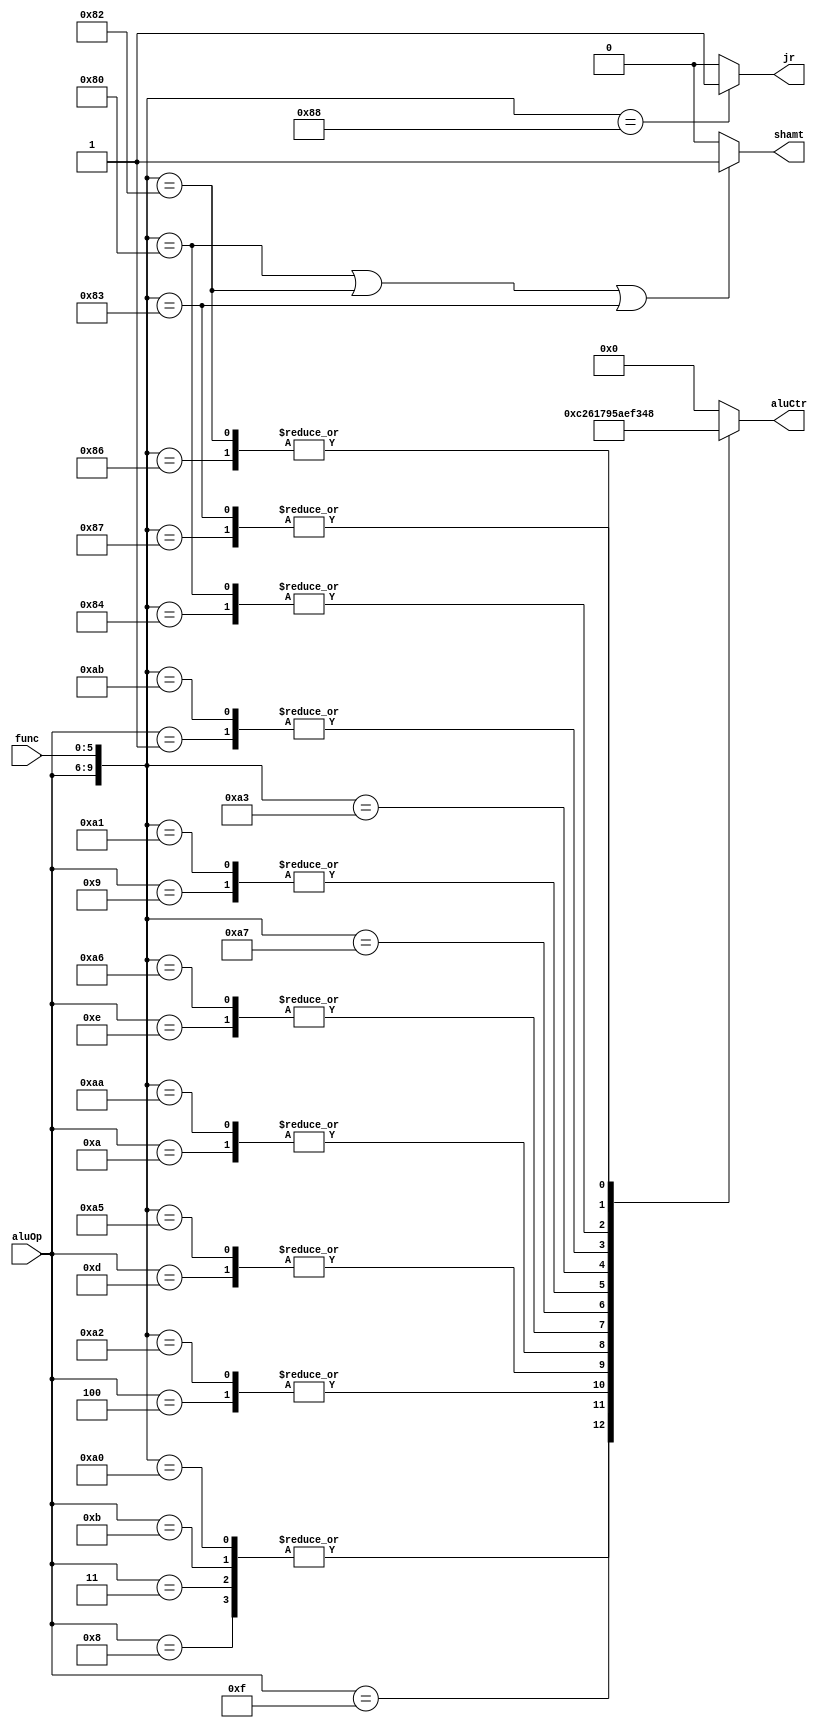
`timescale 1ns / 1ps
//////////////////////////////////////////////////////////////////////////////////
// Company: 
// Engineer: 
// 
// Design Name: 
// Module Name: ALUCtr
// Project Name: 
// Target Devices: 
// Tool Versions: 
// Description: 
// 
// Dependencies: 
// 
// Revision:
// Revision 0.01 - File Created
// Additional Comments:
// 
//////////////////////////////////////////////////////////////////////////////////


module ALUCtr(
    input [3 : 0] aluOp,
    input [5 : 0] func,
    output reg [3 : 0] aluCtr,
    output reg shamt,
    output reg jr
    );

    always @ (aluOp or func)
    begin
        casex ({aluOp, func})
            //------------------I-type-----------------------//
            10'b1000xxxxxx: 
                aluCtr = 4'b0010;// addi -> add
            10'b1100xxxxxx: 
                aluCtr = 4'b0000;// andi -> and
            10'b1101xxxxxx: 
                aluCtr = 4'b0001;// ori -> or
            10'b0011xxxxxx: 
                aluCtr = 4'b0010;// lw -> add
            10'b1011xxxxxx: 
                aluCtr = 4'b0010;// sw -> add
            10'b0100xxxxxx: 
                aluCtr = 4'b0110;// beq -> sub
            //------------------new---------------------//
            10'b1001xxxxxx: 
                aluCtr = 4'b1010;// addiu -> addu
            10'b1110xxxxxx: 
                aluCtr = 4'b1001;// xori -> xor
            10'b1010xxxxxx: 
                aluCtr = 4'b0111;// slti ->slt
            10'b0001xxxxxx: 
                aluCtr = 4'b1111;// sltiu ->sltu
            10'b1111xxxxxx:
                aluCtr = 4'b1100;// lui
            
            //------------------R-type-----------------------//
            10'b0010100000:
                aluCtr = 4'b0010;// add
            10'b0010100010:
                aluCtr = 4'b0110;// sub
            10'b0010100100:
                aluCtr = 4'b0000;// and
            10'b0010100101:
                aluCtr = 4'b0001;// or
            10'b0010101010:
                aluCtr = 4'b0111;// slt -> set on less than
            10'b0010000000:
                aluCtr = 4'b0011;// sll -> shift left
            10'b0010000010:
                aluCtr = 4'b0100;// srl -> logical shift right
            //-----------------R-new-inst---------------------//
            10'b0010100110:
                aluCtr = 4'b1001;//xor
            10'b0010100111:
                aluCtr = 4'b0101;//nor
            10'b0010100001:
                aluCtr = 4'b1010;//addu -> need overflow
            10'b0010100011:
                aluCtr = 4'b1110;//subu -> need overflow
            10'b0010101011:
                aluCtr = 4'b1111;//sltu
            10'b0010000011:
                aluCtr = 4'b1000;//sra
            10'b0010000100:
                aluCtr = 4'b0011;//sllv -> sll
            10'b0010000110:
                aluCtr = 4'b0100;//srlv -> srl
            10'b0010000111:
                aluCtr = 4'b1000;//srav -> sra
            //------------------J-type-----------------------//
            default:
                aluCtr  = 4'b0000;//jump
        endcase
        if ({aluOp, func} == 10'b0010000000||{aluOp, func} == 10'b0010000010 ||{aluOp, func} == 10'b0010000011)
            shamt = 1;
        else
            shamt = 0;
        if ({aluOp,func} == 10'b0010001000)
            jr = 1;
        else
            jr = 0;
    end
endmodule